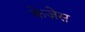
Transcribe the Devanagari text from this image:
केज़ेस